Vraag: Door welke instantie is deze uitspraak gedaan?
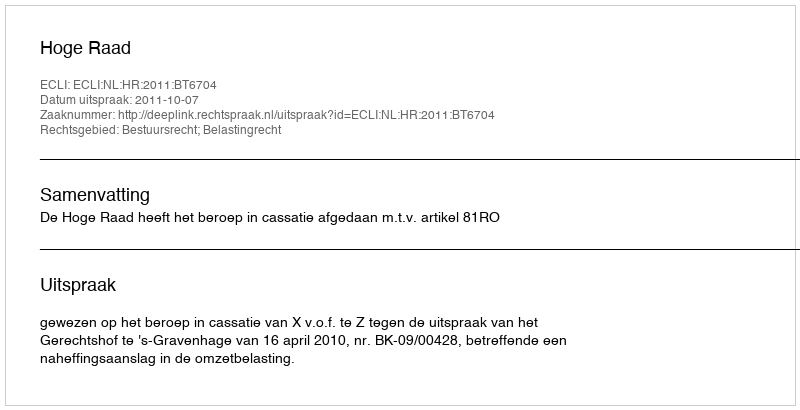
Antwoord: Hoge Raad